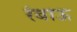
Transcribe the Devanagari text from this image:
रंबाऊ